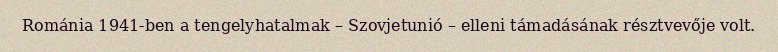
Románia 1941-ben a tengelyhatalmak – Szovjetunió – elleni támadásának résztvevője volt.